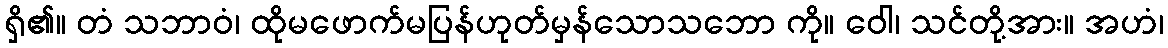
ရှိ၏။ တံ သဘာဝံ၊ ထိုမဖောက်မပြန်ဟုတ်မှန်သောသဘော ကို။ ဝေါ၊ သင်တို့အား။ အဟံ၊